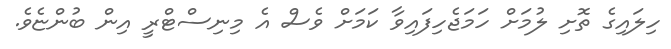
ހިލައިގެ ތޮށި ލުމަށް ހަމަޖެހިފައިވާ ކަމަށް ވެސް އެ މިނިސްޓްރީ އިން ބުންޏެވެ.